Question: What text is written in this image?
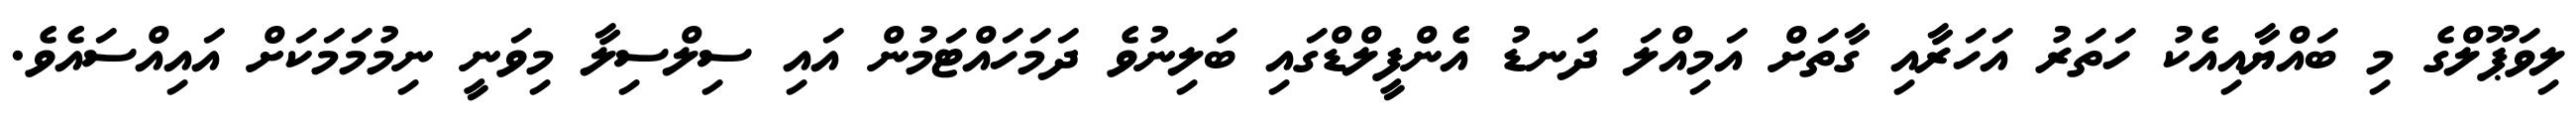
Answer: ލިވަޕޫލްގެ މި ބައްޔާއިއެކު ހަތަރު އަހަރާއި ގާތަށް އަމިއްލަ ދަނޑު އެންފީލްޑްގައި ބަލިނުވެ ދަމަހައްޓަމުން އައި ސިލްސިލާ މިވަނީ ނިމުމަމަކަށް އައިއްސައެވެ.